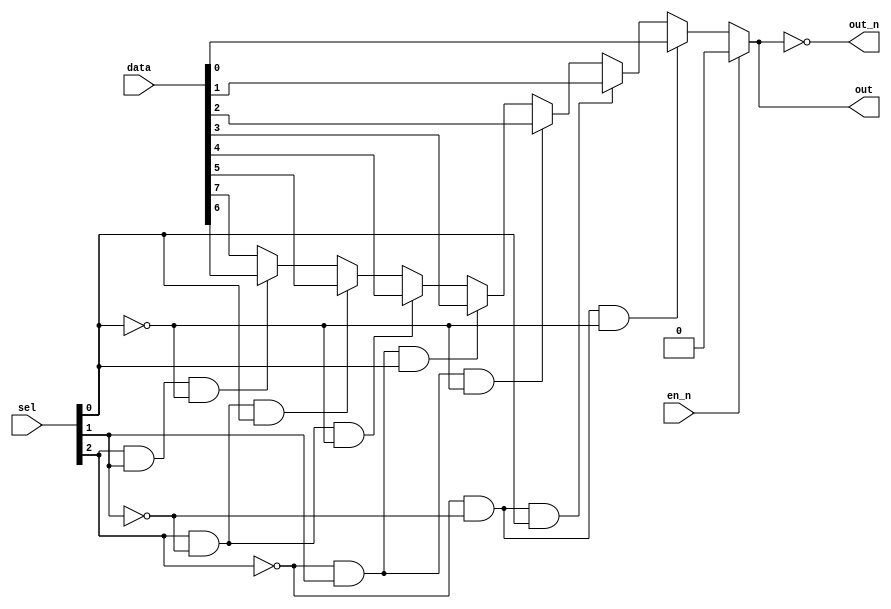
/*
  74151 IC: 8-to-1 MUX
*/

module mux_8to1(
  out, out_n,
  data, sel, en_n
);

  output out, out_n;
  input  [7:0] data;
  input  [2:0] sel;
  input  en_n;

  assign out =
    (!en_n) ?
    (
      (~sel[2] & ~sel[1] & ~sel[0]) ? (data[0]) :
      (~sel[2] & ~sel[1] &  sel[0]) ? (data[1]) :
      (~sel[2] &  sel[1] & ~sel[0]) ? (data[2]) :
      (~sel[2] &  sel[1] &  sel[0]) ? (data[3]) :
      ( sel[2] & ~sel[1] & ~sel[0]) ? (data[4]) :
      ( sel[2] & ~sel[1] &  sel[0]) ? (data[5]) :
      ( sel[2] &  sel[1] & ~sel[0]) ? (data[6]) :
                                      (data[7])
    ) : (1'b0);
  assign out_n = ~out;

endmodule